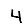
Digit: 4